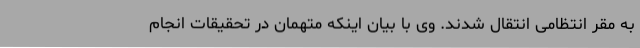
به مقر انتظامی انتقال شدند. وی با بیان اینکه متهمان در تحقیقات انجام